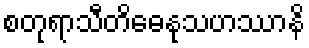
စတုရာသီတိဓေနုသဟဿာနိ